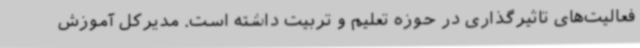
فعالیت‌های تاثیرگذاری در حوزه تعلیم و تربیت داشته است. مدیرکل آموزش